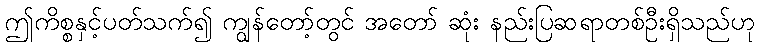
ဤကိစ္စနှင့်ပတ်သက်၍ ကျွန်တော့်တွင် အတော် ဆုံး နည်းပြဆရာတစ်ဦးရှိသည်ဟု